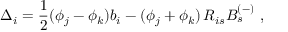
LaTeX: \Delta _ { i } = \frac { 1 } { 2 } ( \phi _ { j } - \phi _ { k } ) b _ { i } - ( \phi _ { j } + \phi _ { k } ) \, R _ { i s } B _ { s } ^ { ( - ) } ~ ,